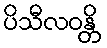
ပိသီလဝန္တိ